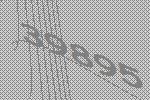
39895